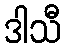
ဒါသီ